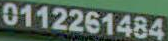
0112261484